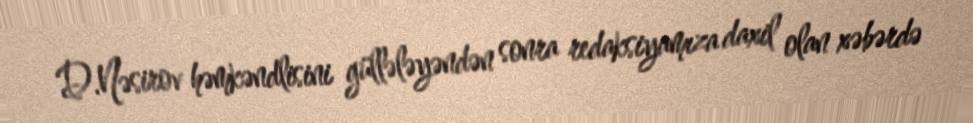
D.Nəsirov həmkəndlisini güllələyəndən sonra redaksiyamıza daxil olan xəbərdə